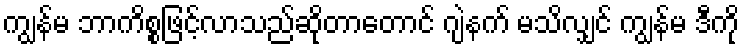
ကျွန်မ ဘာကိစ္စဖြင့်လာသည်ဆိုတာတောင် ဂျဲနက် မသိလျှင် ကျွန်မ ဒီကို